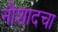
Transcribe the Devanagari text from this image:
नौशादचा